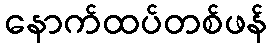
နောက်ထပ်တစ်ဖန်